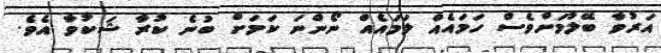
އަރުވާ ބޭލުމަށްވެސް ހަމައެއް ލަމައެއް ނޯންނަ ކަމަށް ބުނެ ކުރާ ޝަކުވާ އެވެ.